Report of the Municipal Commissioner on the plague in Bombay for the year ending 31st May... - Volume 3
Disease focus: Plague
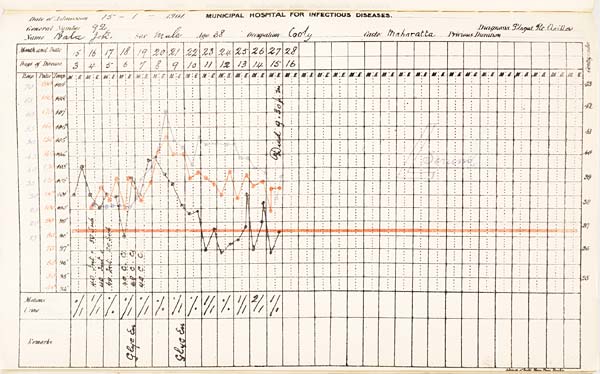
Date of Admission 1901. MUNICIPAL HOSPITAL FOR INFECTIOUS DISEASES.
General Number Diagnosis.
Name
Sex
Age
Occupation
Caste
Previous
Duration